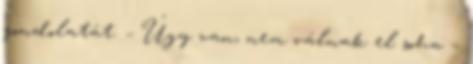
gondolatát. – Úgy van, nem válnak el soha –